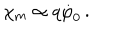
\chi _ { \mathrm { m } } \propto q \dot { \varphi } _ { 0 } \, .